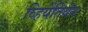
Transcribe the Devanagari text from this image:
व्हियेंतियेन